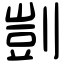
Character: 剴